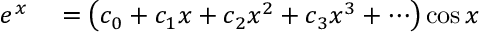
\begin{array} { r l } { e ^ { x } } & { { } = \left( c _ { 0 } + c _ { 1 } x + c _ { 2 } x ^ { 2 } + c _ { 3 } x ^ { 3 } + \cdots \right) \cos x } \end{array}